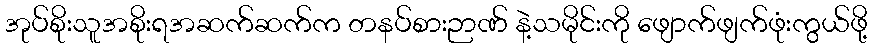
အုပ်စိုးသူအစိုးရအဆက်ဆက်က တနပ်စားဉာဏ် နဲ့သမိုင်းကို ဖျောက်ဖျက်ဖုံးကွယ်ဖို့